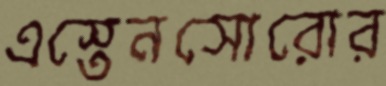
এস্তেনসোরোর